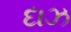
દાઝ